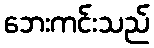
ဘေးကင်းသည်